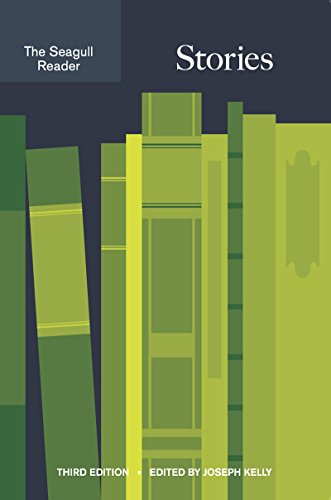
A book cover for The Seagull Reader: Stories (Third Edition); Literature & Fiction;